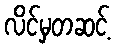
လိင်မှတဆင့်